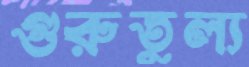
গুরুতুল্য